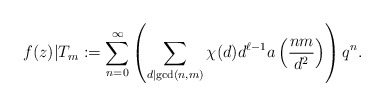
\begin{align*}f(z)|T_m := \sum_{n=0}^{\infty} \left(\sum_{d\mid \gcd(n,m)}\chi(d)d^{\ell-1}a\left(\frac{nm}{d^2}\right)\right)q^n.\end{align*}